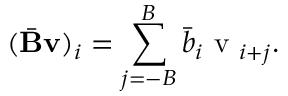
( \bar { \mathbf { B } } \mathbf { v } ) _ { i } = \sum _ { j = - B } ^ { B } \bar { b } _ { i } \mathrm { ~ v ~ } _ { i + j } .